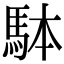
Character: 𩢕